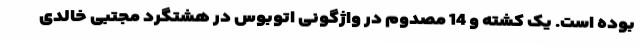
بوده است. یک کشته و 14 مصدوم در واژگونی اتوبوس در هشتگرد مجتبی خالدی